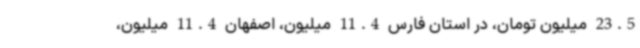
23.5 میلیون تومان، در استان فارس 11.4 میلیون، اصفهان 11.4 میلیون،